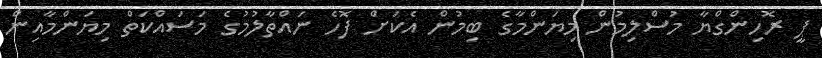
ޕީ ރޮހިންގްޔާ މުސްލިމުން މިޔަންމާގެ ބިމުން އެކަށް ފޮހެ ނައްތާލުމުގެ މަސައްކަތް މިޔަންމާއިން